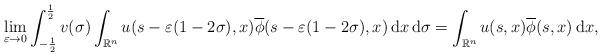
LaTeX: \begin{align*}\lim_{\varepsilon \to 0} \int_{-\frac{1}{2}}^{\frac{1}{2}} v(\sigma) \int_{{\mathbb{R}}^n} u(s-\varepsilon(1-2\sigma),x)\overline{\phi}(s-\varepsilon(1-2\sigma),x)\,{\rm d}x\,{\rm d}\sigma = \int_{{\mathbb{R}}^n} u(s,x)\overline{\phi}(s,x)\,{\rm d}x,\end{align*}